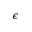
\epsilon